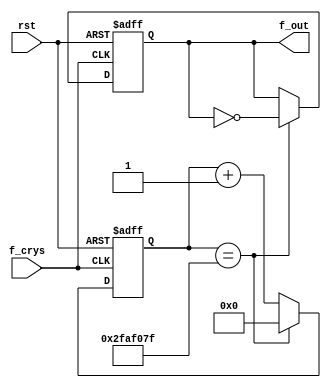
`timescale 1ns / 1ps
//////////////////////////////////////////////////////////////////////////////////
// Company: 
// Engineer: 
// 
// Design Name: 
// Module Name: 1hz
// Project Name: 
// Target Devices: 
// Tool Versions: 
// Description: 
// 
// Dependencies: 
// 
// Revision:
// Revision 0.01 - File Created
// Additional Comments:
// 
//////////////////////////////////////////////////////////////////////////////////


module divide_1hz( f_crys,rst,f_out);
output f_out;
input f_crys,rst;
reg [25:0]comp;
reg f_tmp;

assign f_out = f_tmp;

always@(posedge f_crys or posedge rst)
if(rst)
    begin
        comp<=0;
        f_tmp<=0;
    end
else if (comp==26'd49999999) 
    begin
        f_tmp <= ~f_tmp;
        comp<=0;
    end
else 
    comp<= comp + 26'd1;

endmodule